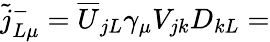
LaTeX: \widetilde{j}_{L\mu}^{-}=\overline{{{U}}}_{jL}\gamma_{\mu}V_{jk}D_{kL}=